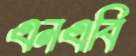
এনএবি